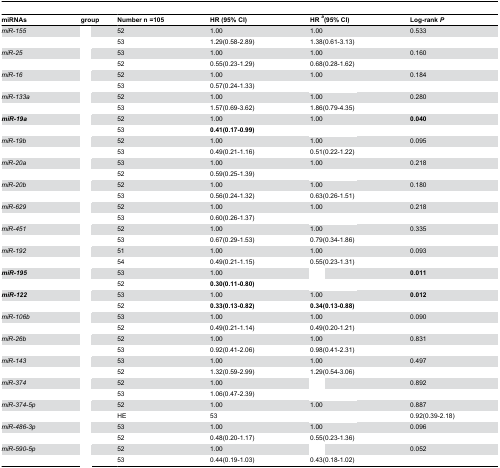
<table><thead><tr><td><b>miRNAs</b></td><td><b>group</b></td><td><b>Number n =105</b></td><td><b>HR (95% CI)</b></td><td><b>HR <sup><i>a</i></sup>(95% CI)</b></td><td><b>Log-rank <i>P</i></b></td></tr></thead><tbody><tr><td><i>miR-155</i></td><td>[EMPTY_CELL]</td><td>52</td><td>1.00</td><td>1.00</td><td>0.533</td></tr><tr><td>[EMPTY_CELL]</td><td>[EMPTY_CELL]</td><td>53</td><td>1.29(0.58-2.89)</td><td>1.38(0.61-3.13)</td><td>[EMPTY_CELL]</td></tr><tr><td><i>miR-25</i></td><td>[EMPTY_CELL]</td><td>53</td><td>1.00</td><td>1.00</td><td>0.160</td></tr><tr><td>[EMPTY_CELL]</td><td>[EMPTY_CELL]</td><td>52</td><td>0.55(0.23-1.29)</td><td>0.68(0.28-1.62)</td><td>[EMPTY_CELL]</td></tr><tr><td><i>miR-16</i></td><td>[EMPTY_CELL]</td><td>52</td><td>1.00</td><td>1.00</td><td>0.184</td></tr><tr><td>[EMPTY_CELL]</td><td>[EMPTY_CELL]</td><td>53</td><td>0.57(0.24-1.33)</td><td>[EMPTY_CELL]</td><td>[EMPTY_CELL]</td></tr><tr><td><i>miR-133a</i></td><td>[EMPTY_CELL]</td><td>52</td><td>1.00</td><td>1.00</td><td>0.280</td></tr><tr><td>[EMPTY_CELL]</td><td>[EMPTY_CELL]</td><td>53</td><td>1.57(0.69-3.62)</td><td>1.86(0.79-4.35)</td><td>[EMPTY_CELL]</td></tr><tr><td><b><i>miR-19a</i></b></td><td>[EMPTY_CELL]</td><td>52</td><td>1.00</td><td>1.00</td><td><b>0.040</b></td></tr><tr><td>[EMPTY_CELL]</td><td>[EMPTY_CELL]</td><td>53</td><td><b>0.41(0.17-0.99)</b></td><td>[EMPTY_CELL]</td><td>[EMPTY_CELL]</td></tr><tr><td><i>miR-19b</i></td><td>[EMPTY_CELL]</td><td>52</td><td>1.00</td><td>1.00</td><td>0.095</td></tr><tr><td>[EMPTY_CELL]</td><td>[EMPTY_CELL]</td><td>53</td><td>0.49(0.21-1.16)</td><td>0.51(0.22-1.22)</td><td>[EMPTY_CELL]</td></tr><tr><td><i>miR-20a</i></td><td>[EMPTY_CELL]</td><td>53</td><td>1.00</td><td>1.00</td><td>0.218</td></tr><tr><td>[EMPTY_CELL]</td><td>[EMPTY_CELL]</td><td>52</td><td>0.59(0.25-1.39)</td><td>[EMPTY_CELL]</td><td>[EMPTY_CELL]</td></tr><tr><td><i>miR-20b</i></td><td>[EMPTY_CELL]</td><td>52</td><td>1.00</td><td>1.00</td><td>0.180</td></tr><tr><td>[EMPTY_CELL]</td><td>[EMPTY_CELL]</td><td>53</td><td>0.56(0.24-1.32)</td><td>0.63(0.26-1.51)</td><td>[EMPTY_CELL]</td></tr><tr><td><i>miR-629</i></td><td>[EMPTY_CELL]</td><td>52</td><td>1.00</td><td>1.00</td><td>0.218</td></tr><tr><td>[EMPTY_CELL]</td><td>[EMPTY_CELL]</td><td>53</td><td>0.60(0.26-1.37)</td><td>[EMPTY_CELL]</td><td>[EMPTY_CELL]</td></tr><tr><td><i>miR-451</i></td><td>[EMPTY_CELL]</td><td>52</td><td>1.00</td><td>1.00</td><td>0.335</td></tr><tr><td>[EMPTY_CELL]</td><td>[EMPTY_CELL]</td><td>53</td><td>0.67(0.29-1.53)</td><td>0.79(0.34-1.86)</td><td>[EMPTY_CELL]</td></tr><tr><td><i>miR-192</i></td><td>[EMPTY_CELL]</td><td>51</td><td>1.00</td><td>1.00</td><td>0.093</td></tr><tr><td>[EMPTY_CELL]</td><td>[EMPTY_CELL]</td><td>54</td><td>0.49(0.21-1.15)</td><td>0.55(0.23-1.31)</td><td>[EMPTY_CELL]</td></tr><tr><td><b><i>miR-195</i></b></td><td>[EMPTY_CELL]</td><td>53</td><td>1.00</td><td>[EMPTY_CELL]</td><td><b>0.011</b></td></tr><tr><td>[EMPTY_CELL]</td><td>[EMPTY_CELL]</td><td>52</td><td><b>0.30(0.11-0.80)</b></td><td>[EMPTY_CELL]</td><td>[EMPTY_CELL]</td></tr><tr><td><b><i>miR-122</i></b></td><td>[EMPTY_CELL]</td><td>53</td><td>1.00</td><td>1.00</td><td><b>0.012</b></td></tr><tr><td>[EMPTY_CELL]</td><td>[EMPTY_CELL]</td><td>52</td><td><b>0.33(0.13-0.82)</b></td><td><b>0.34(0.13-0.88)</b></td><td>[EMPTY_CELL]</td></tr><tr><td><i>miR-106b</i></td><td>[EMPTY_CELL]</td><td>53</td><td>1.00</td><td>1.00</td><td>0.090</td></tr><tr><td>[EMPTY_CELL]</td><td>[EMPTY_CELL]</td><td>52</td><td>0.49(0.21-1.14)</td><td>0.49(0.20-1.21)</td><td>[EMPTY_CELL]</td></tr><tr><td><i>miR-26b</i></td><td>[EMPTY_CELL]</td><td>52</td><td>1.00</td><td>1.00</td><td>0.831</td></tr><tr><td>[EMPTY_CELL]</td><td>[EMPTY_CELL]</td><td>53</td><td>0.92(0.41-2.06)</td><td>0.98(0.41-2.31)</td><td>[EMPTY_CELL]</td></tr><tr><td><i>miR-143</i></td><td>[EMPTY_CELL]</td><td>53</td><td>1.00</td><td>1.00</td><td>0.497</td></tr><tr><td>[EMPTY_CELL]</td><td>[EMPTY_CELL]</td><td>52</td><td>1.32(0.59-2.99)</td><td>1.29(0.54-3.06)</td><td>[EMPTY_CELL]</td></tr><tr><td><i>miR-374</i></td><td>[EMPTY_CELL]</td><td>52</td><td>1.00</td><td>[EMPTY_CELL]</td><td>0.892</td></tr><tr><td>[EMPTY_CELL]</td><td>[EMPTY_CELL]</td><td>53</td><td>1.06(0.47-2.39)</td><td>[EMPTY_CELL]</td><td>[EMPTY_CELL]</td></tr><tr><td><i>miR-374-5p</i></td><td>[EMPTY_CELL]</td><td>52</td><td>1.00</td><td>1.00</td><td>0.887</td></tr><tr><td>[EMPTY_CELL]</td><td>[EMPTY_CELL]</td><td>HE</td><td>53</td><td>[EMPTY_CELL]</td><td>0.92(0.39-2.18)</td></tr><tr><td><i>miR-486-3p</i></td><td>[EMPTY_CELL]</td><td>53</td><td>1.00</td><td>1.00</td><td>0.096</td></tr><tr><td>[EMPTY_CELL]</td><td>[EMPTY_CELL]</td><td>52</td><td>0.48(0.20-1.17)</td><td>0.55(0.23-1.36)</td><td>[EMPTY_CELL]</td></tr><tr><td><i>miR-590-5p</i></td><td>[EMPTY_CELL]</td><td>52</td><td>1.00</td><td>[EMPTY_CELL]</td><td>0.052</td></tr><tr><td>[EMPTY_CELL]</td><td>[EMPTY_CELL]</td><td>53</td><td>0.44(0.19-1.03)</td><td>0.43(0.18-1.02)</td><td>[EMPTY_CELL]</td></tr></tbody></table>